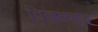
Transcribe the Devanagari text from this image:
द्विकवचन